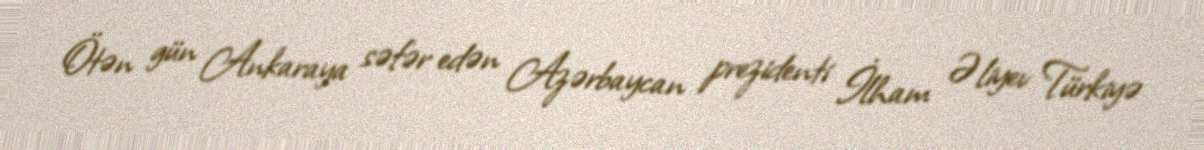
Ötən gün Ankaraya səfər edən Azərbaycan prezidenti İlham Əliyev Türkiyə